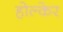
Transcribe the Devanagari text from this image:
होल्केर